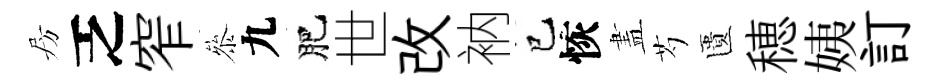
房乏窄叅九肥世改衲巳恢𥁞芍匱穂姨訂